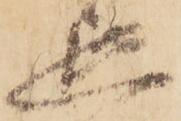
延